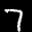
Label: 7